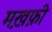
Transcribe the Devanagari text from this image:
मख़फ़ी